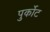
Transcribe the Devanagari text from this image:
पुर्कोट